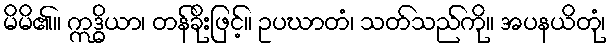
မိမိ၏။ ဣဒ္ဓိယာ၊ တန်ခိုးဖြင့်။ ဥပဃာတံ၊ သတ်သည်ကို။ အပနယိတုံ၊